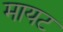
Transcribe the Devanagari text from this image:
मायट